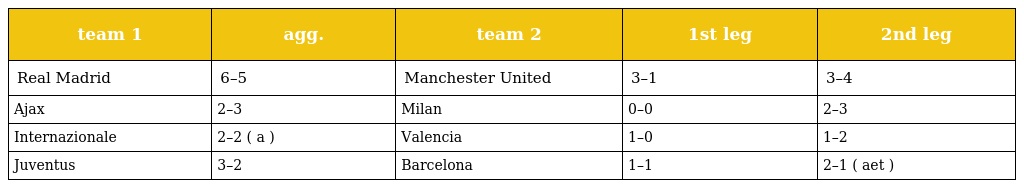
| team 1 | agg. | team 2 | 1st leg | 2nd leg |
 | --- | --- | --- | --- | --- |
 | Real Madrid | 6–5 | Manchester United | 3–1 | 3–4 |
 | Ajax | 2–3 | Milan | 0–0 | 2–3 |
 | Internazionale | 2–2 ( a ) | Valencia | 1–0 | 1–2 |
 | Juventus | 3–2 | Barcelona | 1–1 | 2–1 ( aet ) |